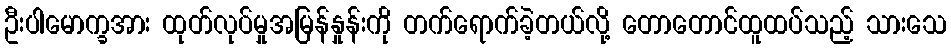
ဦးပါမောက္ခအား ထုတ်လုပ်မှုအမြန်နှုန်းကို တက်ရောက်ခဲ့တယ်လို့ တောတောင်ထူထပ်သည့် သားသေ